Annual report of the Punjab Veterinary College and of the Civil Veterinary Department, Punjab - 1894-1908
Year: 1894
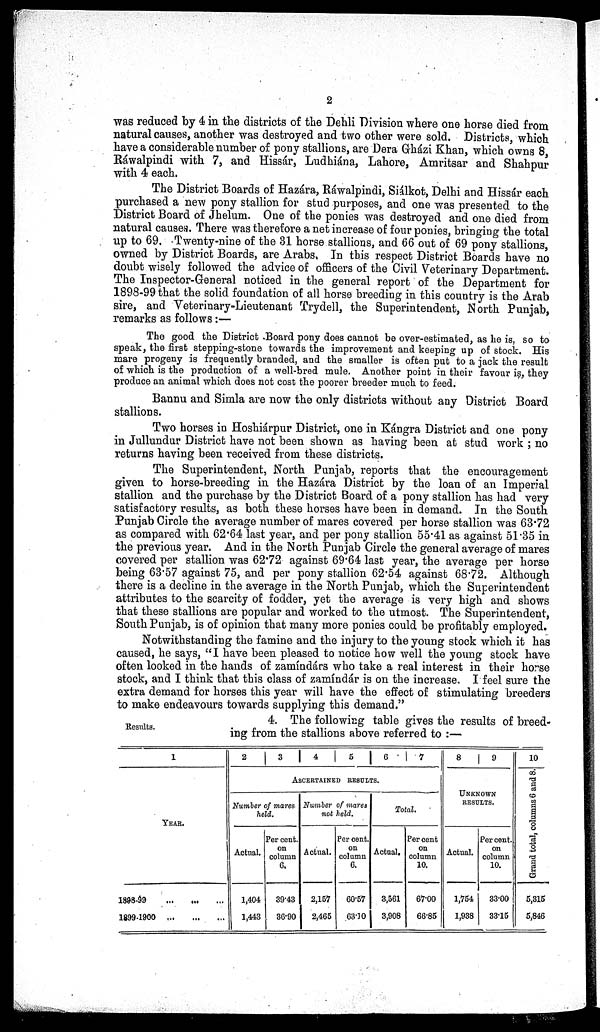
2
was reduced by 4 in the districts of the Dehli Division where one horse died from
natural causes, another was destroyed and two other were sold. Districts, which
have a considerable number of pony stallions, are Dera Gházi Khan, which owns 8,
Ráwalpindi with 7, and Hissár, Ludhiána, Lahore, Amritsar and Shahpur
with 4 each.
The District Boards of Hazára, Ráwalpindi, Siálkot, Delhi and Hissár each
purchased a new pony stallion for stud purposes, and one was presented to the
District Board of Jhelum. One of the ponies was destroyed and one died from
natural causes. There was therefore a net increase of four ponies, bringing the total
up to 69. Twenty-nine of the 31 horse stallions, and 66 out of 69 pony stallions,
owned by District Boards, are Arabs. In this respect District Boards have no
doubt wisely followed the advice of officers of the Civil Veterinary Department.
The Inspector-General noticed in the general report of the Department for
1898-99 that the solid foundation of all horse breeding in this country is the Arab
sire, and Veterinary-Lieutenant Trydell, the Superintendent, North Punjab,
remarks as follows :—
The good the District Board pony does cannot be over-estimated, as he is, so to
speak, the first stepping-stone towards the improvement and keeping up of stock. His
mare progeny is frequently branded, and the smaller is often put to a jack the result
of which is the production of a well-bred mule. Another point in their favour is, they
produce an animal which does not cost the poorer breeder much to feed.
Bannu and Simla are now the only districts without any District Board
stallions.
Two horses in Hoshiárpur District, one in Kángra District and one pony
in Jullundur District have not been shown as having been at stud work; no
returns having been received from these districts.
The Superintendent, North Punjab, reports that the encouragement
given to horse-breeding in the Hazára District by the loan of an Imperial
stallion and the purchase by the District Board of a pony stallion has had very
satisfactory results, as both these horses have been in demand. In the South
Punjab Circle the average number of mares covered per horse stallion was 63.72
as compared with 62.64 last year, and per pony stallion 55.41 as against 51.35 in
the previous year. And in the North Punjab Circle the general average of mares
covered per stallion was 62.72 against 69.64 last year, the average per horse
being 63.57 against 75, and per pony stallion 62.54 against 68.72. Although
there is a decline in the average in the North Punjab, which the Superintendent
attributes to the scarcity of fodder, yet the average is very high and shows
that these stallions are popular and worked to the utmost. The Superintendent,
South Punjab, is of opinion that many more ponies could be profitably employed.
Notwithstanding the famine and the injury to the young stock which it has
caused, he says, "I have been pleased to notice how well the young stock have
often looked in the hands of zamíndárs who take a real interest in their horse
stock, and I think that this class of zamíndár is on the increase. I feel sure the
extra demand for horses this year will have the effect of stimulating breeders
to make endeavours towards supplying this demand."
Results.
4. The following table gives the results of breed-
ing from the stallions above referred to :—
1
YEAR.
1898-99
...
...
...
1899-1900
...
...
...
2
3
4
5
6
7
ASCERTAIN
RESULTS.
Number of mares.
held.
Actual.
1,404
1,443
Per cent.
on
column
6.
39.43
36.90
Number of mares
nob held.
Actual.
2,157
2,465
Per cent.
on
column
6.
60.57
63.10
Total.
Actual.
3,561
3,908
Per cent
on
column
10.
67.00
66.85
8
9
UNKNOWN
RESULTS.
Actual.
1,754
1,938
Per cent.
on
column
10.
33.00
33.15
10
Grand total, columns 6 and 8.
5,315
5,846